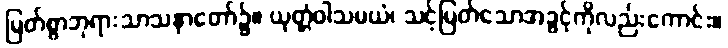
မြတ်စွာဘုရားသာသနာတော်၌။ ယုတ္တံဝါသမယံ၊ သင့်မြတ်သောအခွင့်ကိုလည်းကောင်း။